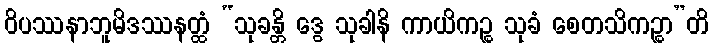
ဝိပဿနာဘူမိဒဿနတ္ထံ “သုခန္တိ ဒွေ သုခါနိ ကာယိကဉ္စ သုခံ စေတသိကဉ္စာ”တိ